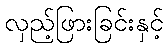
လှည့်ဖြားခြင်းနှင့်